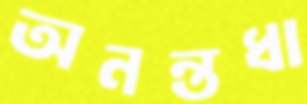
অনন্তধা